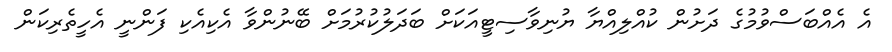
އެ އެއްބަސްވުމުގެ ދަށުން ކުއްލިއްޔާ ޔުނިވާސިޓީއަކަށް ބަދަލުކުރުމަށް ބޭނުންވާ އެކިއެކި ފަންނީ އެހީތެރިކަން